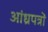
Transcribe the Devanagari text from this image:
आंध्रपत्रों